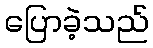
ပြောခဲ့သည်